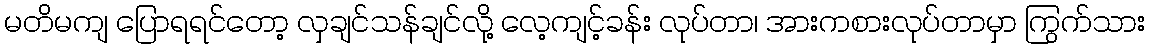
မတိမကျ ပြောရရင်တော့ လှချင်သန်ချင်လို့ လေ့ကျင့်ခန်း လုပ်တာ၊ အားကစားလုပ်တာမှာ ကြွက်သား